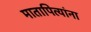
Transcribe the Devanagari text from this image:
मातापित्यांना